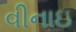
વીનાઇ